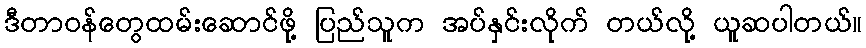
ဒီတာဝန်တွေထမ်းဆောင်ဖို့ ပြည်သူက အပ်နှင်းလိုက် တယ်လို့ ယူဆပါတယ်။